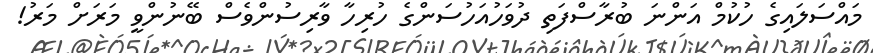
މައްސަލައިގެ ހުކުމް އަންނަ ބުރާސްފަތި ދުވަހުއަހުސަންގެ ހުރިހާ ވާރިސުންވެސް ބޭނުންވީ މަރަށް މަރު!